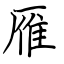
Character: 雁